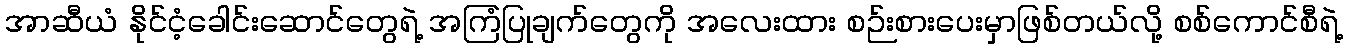
အာဆီယံ နိုင်ငံ့ခေါင်းဆောင်တွေရဲ့ အကြံပြုချက်တွေကို အလေးထား စဉ်းစားပေးမှာဖြစ်တယ်လို့ စစ်ကောင်စီရဲ့